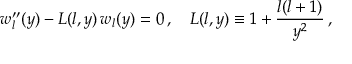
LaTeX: w _ { l } ^ { \prime \prime } ( y ) - L ( l , y ) \, w _ { l } ( y ) = 0 \, , \quad L ( l , y ) \equiv 1 + \frac { l ( l + 1 ) } { y ^ { 2 } } \, ,